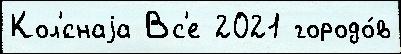
Кол'́снаjа Вс'е 2021 городо́в